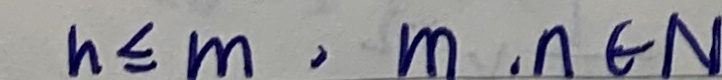
n \leq m , m , n \in N